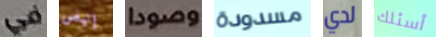
في إنهض وصودا مسدودة لدي أسئلك